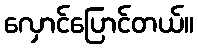
လှောင်ပြောင်တယ်။